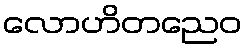
လောဟိတညေဝ